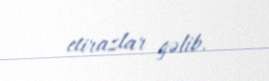
etirazlar gəlib.